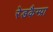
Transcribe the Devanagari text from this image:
रेडकैम्प्रा